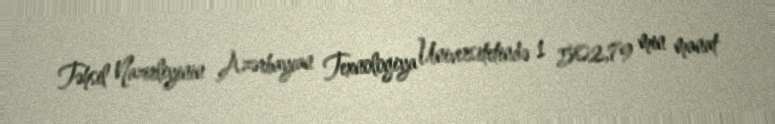
Təhsil Nazirliyinin Azərbaycan Texnologiya Universitetində 1 502,79 min manat